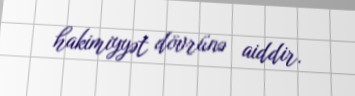
hakimiyyət dövrünə aiddir.